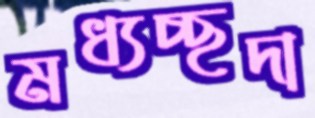
মধ্যচ্ছদা